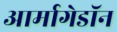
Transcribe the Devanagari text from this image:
आर्मागेडॉन